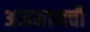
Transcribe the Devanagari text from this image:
अजमानची